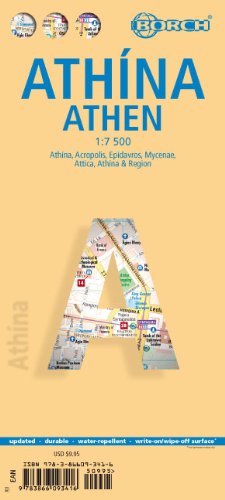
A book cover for Laminated Athens Map by Borch (English Edition); Borch; Travel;